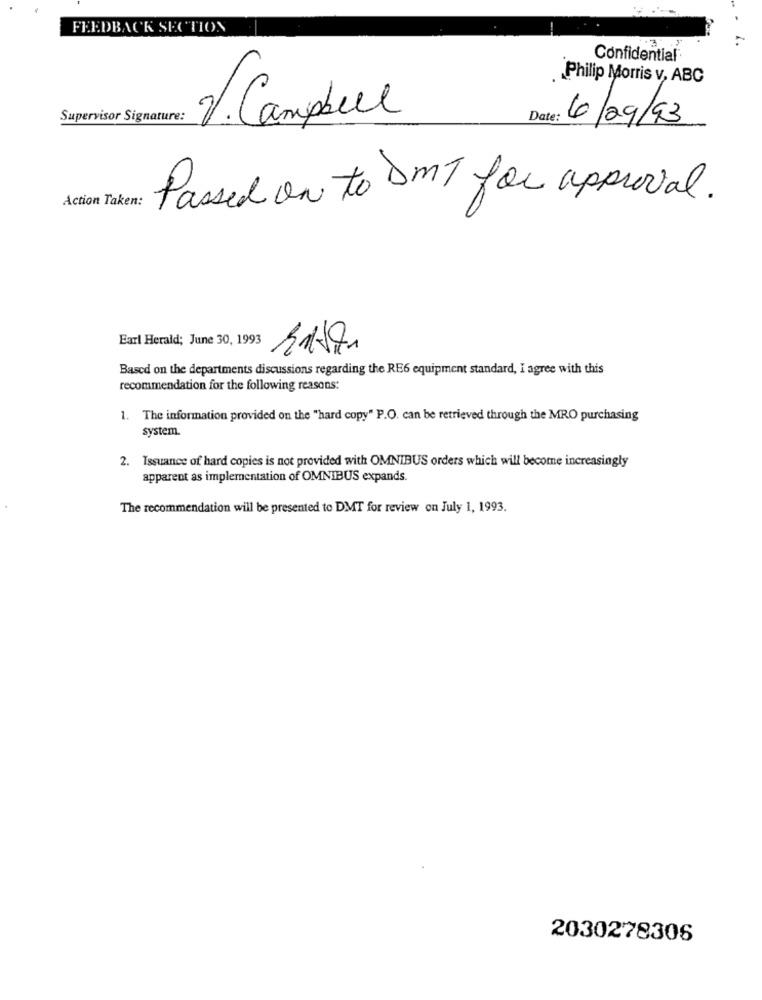
FEEDBACK SECTION
Confidential®
Philip Morris v, ABC
Supervisor Signature:
2. Campbell
Date:
6/29/93
Action Taken:
Passed on to DMT for approval.
Earl Herald; June 30, 1993
Based on the departments discussions regarding the RE6 equipment standard, I agree with this
recommendation for the following reasons:
1. The information provided on the "hard copy" P.O. can be retrieved through the MRO purchasing
system.
2. Issuance of hard copies is not provided with OMNIBUS orders which will become increasingly
apparent as implementation of OMNIBUS expands.
The recommendation will be presented to DMT for review on July 1, 1993.
2030278306